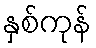
နှစ်ကုန်